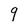
Character: q